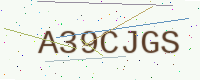
Text: A39CJGS